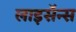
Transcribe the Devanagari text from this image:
लाइसॅन्स